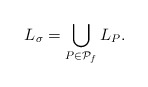
\begin{align*}L_\sigma = \bigcup_{P \in \mathcal{P}_f} L_P.\end{align*}